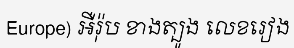
Europe) អឺរ៉ុប ខាងត្បូង លេខរៀង